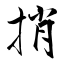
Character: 捎